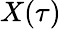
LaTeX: X(\tau)